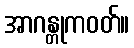
အာဂန္တုကဝတ်။